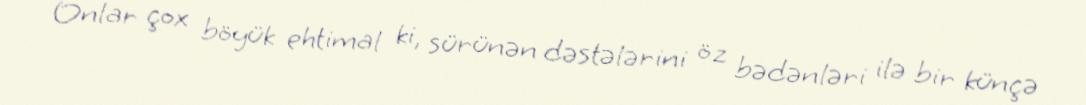
Onlar çox böyük ehtimal ki, sürünən dəstələrini öz bədənləri ilə bir künçə